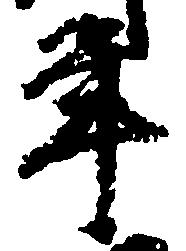
年